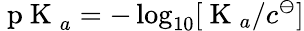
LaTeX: \mathrm{~p~K~}_{a}=-\log_{10}[\mathrm{~K~}_{a}/c^{\ominus}]